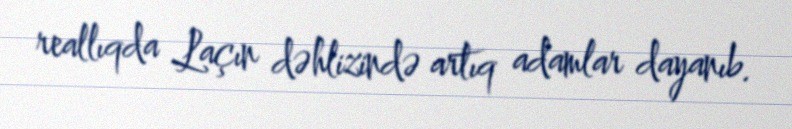
reallıqda Laçın dəhlizində artıq adamlar dayanıb.